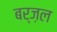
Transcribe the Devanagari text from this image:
बर्ज़ल